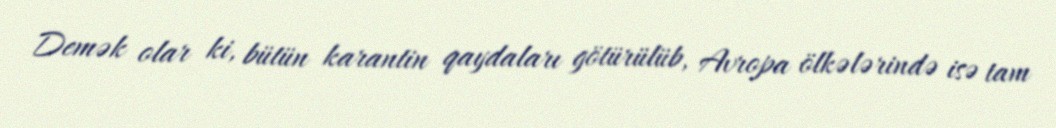
Demək olar ki, bütün karantin qaydaları götürülüb, Avropa ölkələrində isə tam